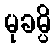
မုခမ္ပိ